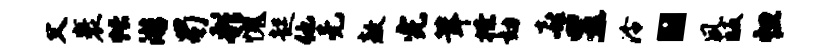
父裹帐游蜀彩愧起他无敖完茸撩劾喜昱泠“夙皈怛